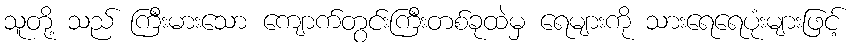
သူတို့ သည် ကြီးမားသော ကျောက်တွင်းကြီးတစ်ခုထဲမှ ရေများကို သားရေရေပုံးများဖြင့်